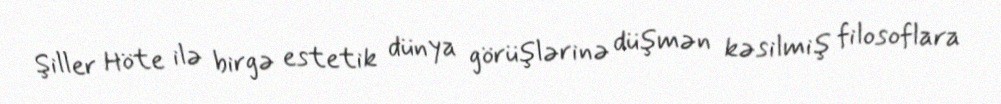
Şiller Höte ilə birgə estetik dünya görüşlərinə düşmən kəsilmiş filosoflara